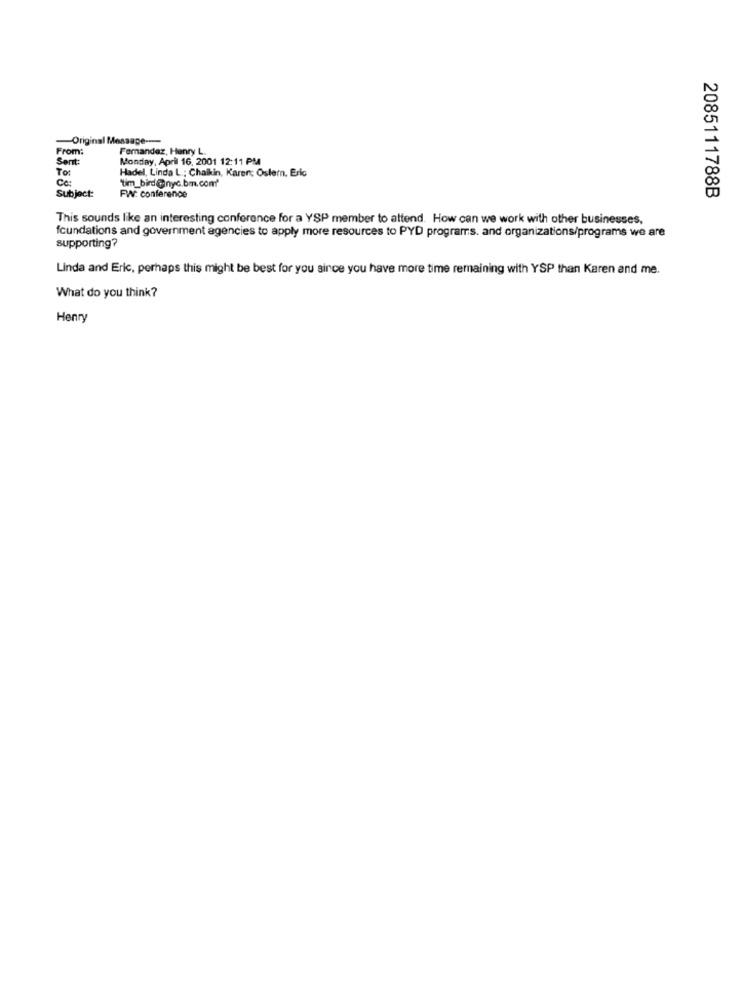
-Original Message ---
From:
Fernandez, Henry L.
Sent:
Monday, April 16, 2001 12:11 PM
To:
Hadel, Linda L .; Chaikin, Karer; Ostern. Eric
Ce:
"tim_bird@nyc.bm.com'
Subject:
2085111788B
FW: conference
This sounds like an interesting conference for a YSP member to attend. How can we work with other businesses,
foundations and government agencies to apply more resources to PYD programs. and organizations/programs we are
supporting?
Linda and Eric, perhaps this might be best for you since you have more time remaining with YSP than Karen and me.
What do you think?
Henry